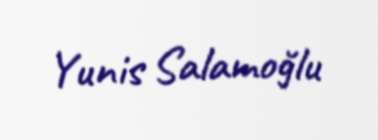
Yunis Salamoğlu